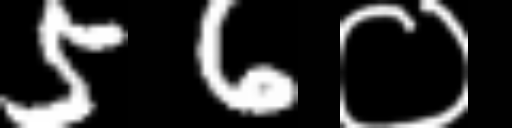
Text: 56०